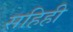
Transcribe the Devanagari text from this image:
सहिही